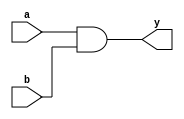
// 2-input AND gate used in my programable-8-bit-microprocessor

module and2_gate(
    input       a, b,     // 2-Input
    output      y);       // Output

    // GATE PRIMITIVE
    and (y, a, b);

endmodule

module and2_dataflow(
    input       a, b,     // 2-Input
    output      y);       // Output

    // CONTINUOUS ASSIGNMENT STATEMENT
    assign y = a & b;

endmodule

module and2_behavioral(
    input       a, b,     // 2-Input
    output reg  y);       // Output

    // ALWAYS BLOCK with NON-BLOCKING PROCEDURAL ASSIGNMENT STATEMENT
    always @(a or b) begin
        y <= a & b;
    end

endmodule